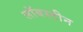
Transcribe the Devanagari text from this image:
लॉबस्टीन